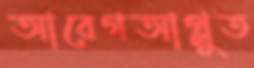
আবেগআপ্লুত